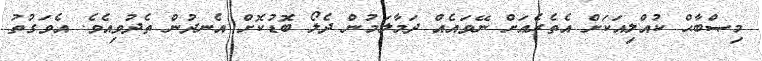
މިޞްބާޙް ކުއްލިއަކަށް އެތެރެއަށް ނޭވައެއް ދަމާލަމުން ދެލޯ ބޮޑުކޮށް އެނދުން ތެދުވިއެވެ. އެވަގުތު